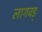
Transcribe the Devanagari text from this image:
लागवड्